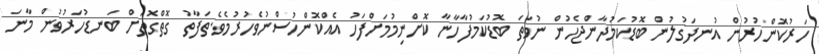
ހަރުކޮންހުރުން އުނދަގުލުން ބޮޑުކަމުދާންޖެހުން ނުވަތަ ބޮޑުކަމުފާހާނާ ކޮށްނިމުމަށްފަހު އެއްކޮންހުސްނުވެހުރުމެވެ.ތަފާތު ގޮތްގޮތަށް ބަނޑުހަރުވުން މާނަ